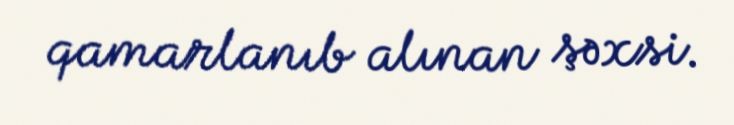
qamarlanıb alınan şəxsi.